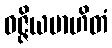
ဝဇ္ဇိယမာဟိတံ